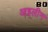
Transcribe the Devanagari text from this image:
आइलीन